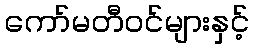
ကော်မတီဝင်များနှင့်